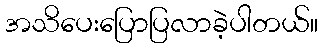
အသိပေးပြောပြလာခဲ့ပါတယ်။